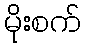
မိုးစက်